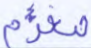
مغرم